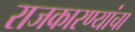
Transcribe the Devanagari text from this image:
राजकारण्यांचा